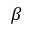
\beta